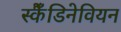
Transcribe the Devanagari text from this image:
स्कैँडिनेवियन